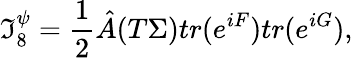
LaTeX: \mathfrak{I}_{8}^{\psi}={\frac{{1}}{{2}}}{\hat{{A}}}(T\Sigma)tr(e^{iF})tr(e^{iG}),